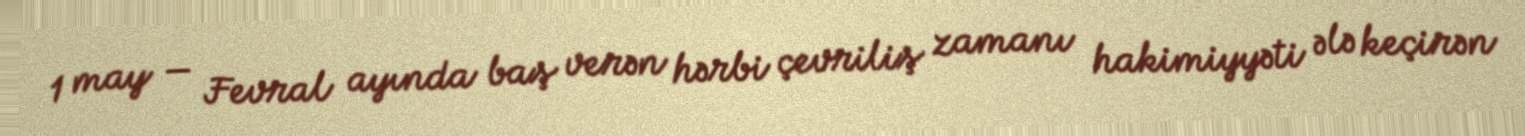
1 may — Fevral ayında baş verən hərbi çevriliş zamanı hakimiyyəti ələ keçirən